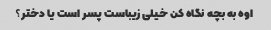
اوه به بچه نگاه کن خیلی زیباست پسر است یا دختر؟